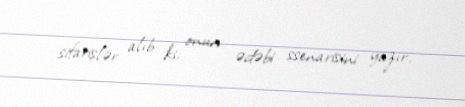
sifarişlər alıb ki, onun ədəbi ssenarisini yazır.